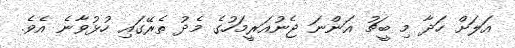
އަލަށް ހަދާ މި ބީޗު އަންނަ ޖެނުއަރީމަހުގެ މެދު ތެރޭގައި ހުޅުވާނެ އެވެ.